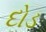
દોડ